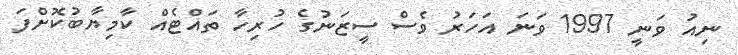
ނިއު ވަނީ 1997 ވަނަ އަހަރު ވެސް ސީޒަނުގެ ހުރިހާ ތައްޓެއް ކާމިޔާބުކޮށްފަ